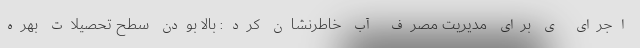
اجرای ی برای مدیریت مصرف آب خاطرنشان کرد: بالا بودن سطح تحصیلات بهره